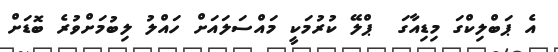
އެ ޕަބްލިކްގަ މިޑިއާގަ  ޕްލޭ ކުރުމަކީ މައްސަލައަށް ހައްލު ލިބުމަށްވުރެ ބޮޑަށް